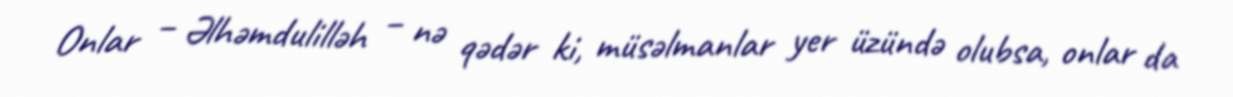
Onlar – Əlhəmdulilləh – nə qədər ki, müsəlmanlar yer üzündə olubsa, onlar da